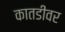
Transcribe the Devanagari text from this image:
कातडीवर